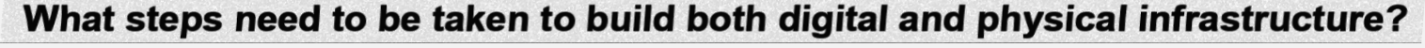
What steps need to be taken to build both digital and physical infrastructure?